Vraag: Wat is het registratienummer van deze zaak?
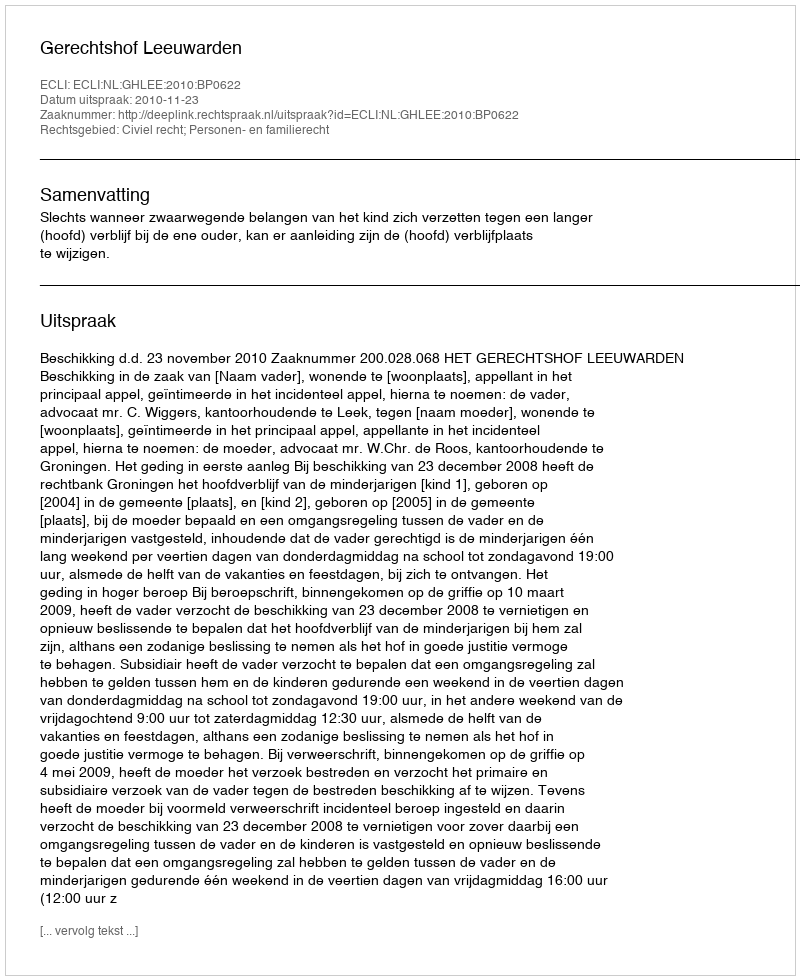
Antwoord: http://deeplink.rechtspraak.nl/uitspraak?id=ECLI:NL:GHLEE:2010:BP0622